Civil Veterinary Department Bengal reports 1933-51 - 1933-1951
Year: 1933
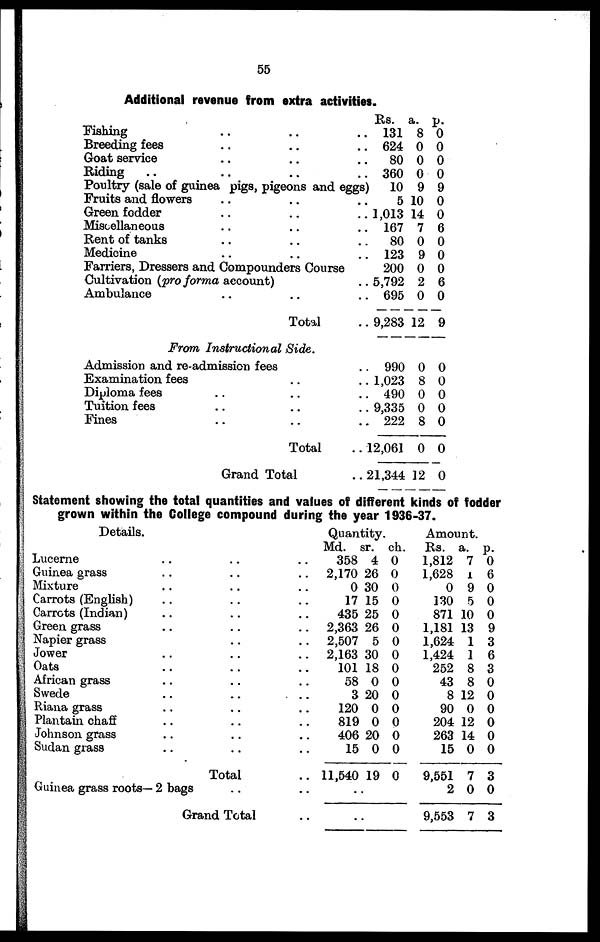
55
Additional revenue from extra activities.
Fishing .. .. ..
Breeding fees .. .. ..
Goat service .. .. ..
Riding .. .. ..
Poultry (sale of guinea pigs, pigeons and eggs)
Fruits and flowers .. .. ..
Green fodder .. .. ..
Miscellaneous .. .. ..
Rent of tanks .. .. ..
Medicine .. .. ..
Farriers, Dressers and Compounders Course
Cultivation (pro forma account) ..
Ambulance .. .. ..
Total ..
Rs.
131
624
80
360
10
5
1,013
167
80
123
200
5,792
695
9,283
a.
8
0
0
0
9
10
14
7
0
9
0
2
0
12
p.
0
0
0
0
9
0
0
6
0
0
0
6
0
9
From Instructional Side.
Admission and re-admission fees
Examination fees ..
Diploma fees .. ..
Tuition fees .. ..
Fines .. ..
Total ..
Grand Total
.. 990
.. 1,023
.. 490
.. 9,335
.. 222
..12,061
.. 21,344
0
8
0
0
8
0
12
0
0
0
0
0
0
0
Statement showing the total quantities and values of different kinds of fodder
grown within the College compound during the year 1936-37.
Details.
Lucerne .. .. ..
Guinea grass .. .. ..
Mixture .. .. ..
Carrots (English) .. .. ..
Carrots (Indian) .. .. ..
Green grass .. .. ..
Napier grass .. .. ..
Jower .. .. ..
Oats .. .. ..
African grass .. .. ..
Swede
..
..
..
Riana grass .. .. ..
Plantain chaff .. .. ..
Johnson grass .. .. ..
Sudan grass .. .. ..
Total ..
Guinea grass roots— 2 bags .. ..
Grand Total ..
Quantity.
Md.
358
2,170
0
17
435
2,363
2,507
2,163
101
58
3
120
819
406
15
11,540
..
.
sr.
4
26
30
15
25
26
5
30
18
0
20
0
0
20
0
19
.
ch.
0
0
0
0
0
0
0
0
0
0
0
0
0
0
0
0
Amount.
Rs.
1,812
1,628
0
130
871
1,181
1,624
1,424
252
43
8
90
204
263
15
9,551
2
9,553
a.
7
1
9
5
10
13
1
1
8
8
12
0
12
14
0
7
0
7
p.
0
6
0
0
0
9
3
6
3
0
0
0
0
0
0
3
0
3